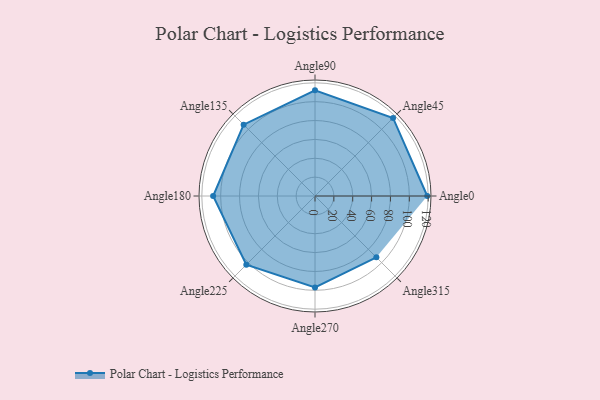
{"axis": {"x": "Angle", "y": "Radius"}, "legend": [""], "data": [{"x": "Angle0", "y": 119.0, "type": ""}, {"x": "Angle45", "y": 117.0, "type": ""}, {"x": "Angle90", "y": 112.0, "type": ""}, {"x": "Angle135", "y": 107.0, "type": ""}, {"x": "Angle180", "y": 108.0, "type": ""}, {"x": "Angle225", "y": 103.0, "type": ""}, {"x": "Angle270", "y": 97.0, "type": ""}, {"x": "Angle315", "y": 92.0, "type": ""}]}